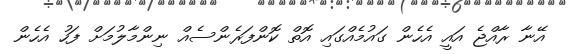
އޭނާ ރާއްޖެ އައީ އެހެން ގައުމެއްގައި އޮތް ކޮންފަރެންސެއް ނިންމާލުމަށް ފަހު އެހެން